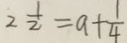
2 \frac { 1 } { 2 } = a + \frac { 1 } { 4 }